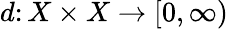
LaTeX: d\colon X\times X\to[0,\infty)